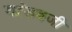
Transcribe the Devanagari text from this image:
मांडवजी